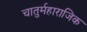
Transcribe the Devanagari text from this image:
चातुर्महाराजिक